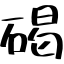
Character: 碣